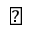
\diamondsuit